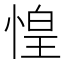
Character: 惶